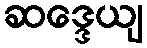
ဆဒ္ဒေယျ